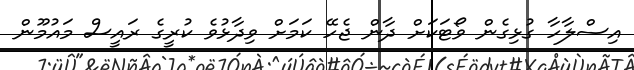
އިސްލާހާ ގުޅިގެން ވޯޓަކަށް ދާން ޖެހޭ ކަމަށް ވިދާޅުވެ ކުރީގެ ރައީސް މައުމޫން